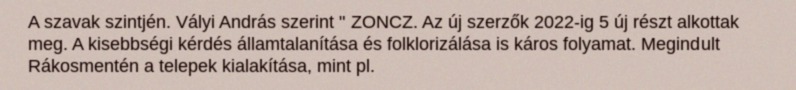
A szavak szintjén. Vályi András szerint " ZONCZ. Az új szerzők 2022-ig 5 új részt alkottak meg. A kisebbségi kérdés államtalanítása és folklorizálása is káros folyamat. Megindult Rákosmentén a telepek kialakítása, mint pl.